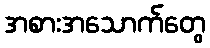
အစားအသောက်တွေ